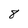
Character: 8